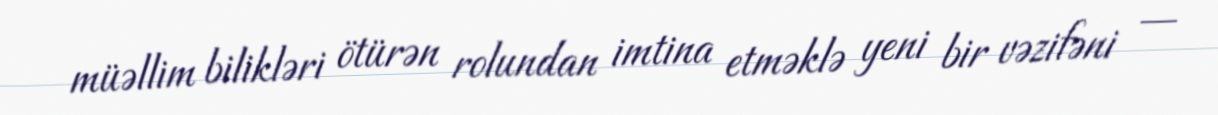
müəllim bilikləri ötürən rolundan imtina etməklə yeni bir vəzifəni —